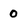
Character: 0